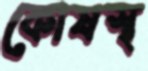
কোষস্থ